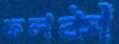
ফলকী